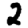
Digit: 2